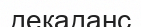
декаданс